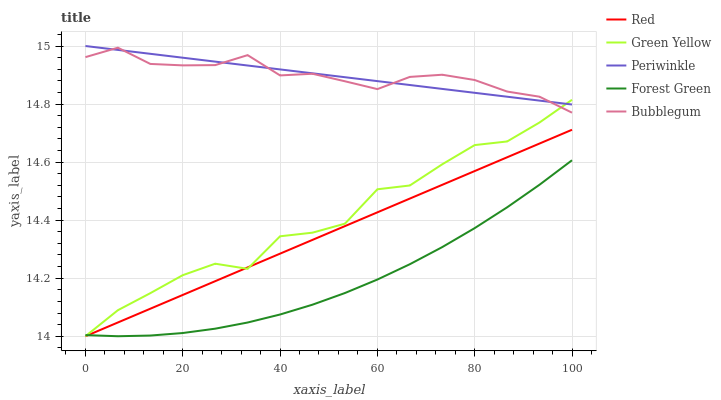
| xaxis_label | Red | Green Yellow | Periwinkle | Forest Green | Bubblegum |
 | --- | --- | --- | --- | --- | --- |
 | 0 | 14 | 14 | 15 | 14 | 15 |
 | 6.67 | 14 | 14.1 | 15 | 14 | 15 |
 | 13.3 | 14.1 | 14.1 | 15 | 14 | 14.9 |
 | 20 | 14.1 | 14.2 | 15 | 14 | 14.9 |
 | 26.7 | 14.2 | 14.2 | 14.9 | 14 | 14.9 |
 | 33.3 | 14.2 | 14.2 | 14.9 | 14 | 15 |
 | 40 | 14.3 | 14.3 | 14.9 | 14.1 | 14.9 |
 | 46.7 | 14.3 | 14.4 | 14.9 | 14.1 | 14.9 |
 | 53.3 | 14.4 | 14.4 | 14.9 | 14.1 | 14.9 |
 | 60 | 14.4 | 14.5 | 14.9 | 14.2 | 14.9 |
 | 66.7 | 14.5 | 14.5 | 14.9 | 14.2 | 14.9 |
 | 73.3 | 14.5 | 14.6 | 14.9 | 14.3 | 14.9 |
 | 80 | 14.6 | 14.7 | 14.8 | 14.4 | 14.9 |
 | 86.7 | 14.6 | 14.7 | 14.8 | 14.4 | 14.8 |
 | 93.3 | 14.7 | 14.7 | 14.8 | 14.5 | 14.8 |
 | 100 | 14.7 | 14.8 | 14.8 | 14.6 | 14.8 |